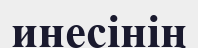
инесінің